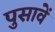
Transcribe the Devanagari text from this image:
पुसावें